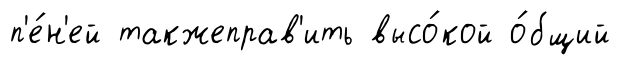
п'е́н'ей такжеправ'ить высо́кой о́бщий